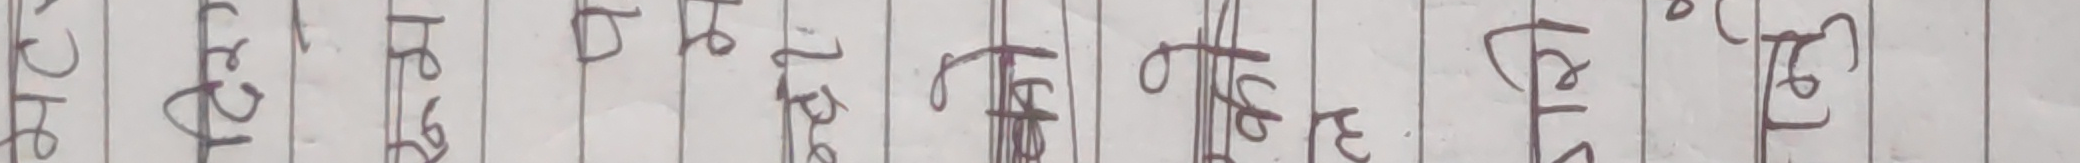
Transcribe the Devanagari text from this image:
प्र. दि. फ्रि. ता. शे. के. टे. के. टे. पोटे.